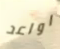
اواعد